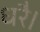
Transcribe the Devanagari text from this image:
धरै।